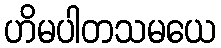
ဟိမပါတသမယေ